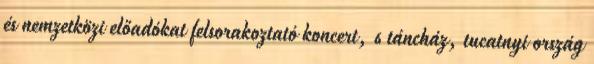
és nemzetközi előadókat felsorakoztató koncert, 6 táncház, tucatnyi ország